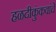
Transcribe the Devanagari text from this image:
हळदीकुंकवांचे